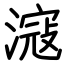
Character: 滱